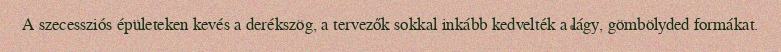
A szecessziós épületeken kevés a derékszög, a tervezők sokkal inkább kedvelték a lágy, gömbölyded formákat.